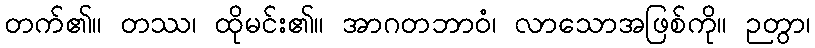
တက်၏။ တဿ၊ ထိုမင်း၏။ အာဂတဘာဝံ၊ လာသောအဖြစ်ကို။ ဉတွာ၊